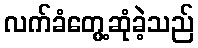
လက်ခံတွေ့ဆုံခဲ့သည်